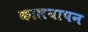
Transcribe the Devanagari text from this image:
कालयापन